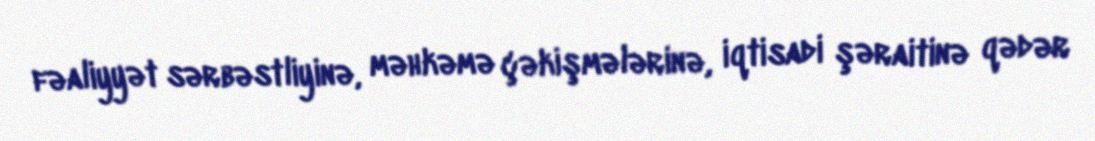
fəaliyyət sərbəstliyinə, məhkəmə çəkişmələrinə, iqtisadi şəraitinə qədər